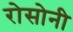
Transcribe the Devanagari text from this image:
रोसोनी